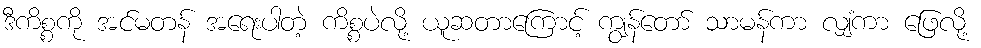
ဒီကိစ္စကို အင်မတန် အရေးပါတဲ့ ကိစ္စပဲလို့ ယူဆတာကြောင့် ကျွန်တော် သာမန်ကာ လျှံကာ ဖြေလို့